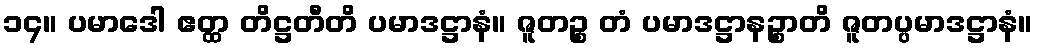
၁၄။ ပမာဒေါ ဧတ္ထ တိဋ္ဌတီတိ ပမာဒဋ္ဌာနံ။ ဇူတဉ္စ တံ ပမာဒဋ္ဌာနဉ္စာတိ ဇူတပ္ပမာဒဋ္ဌာနံ။